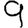
Digit: 9